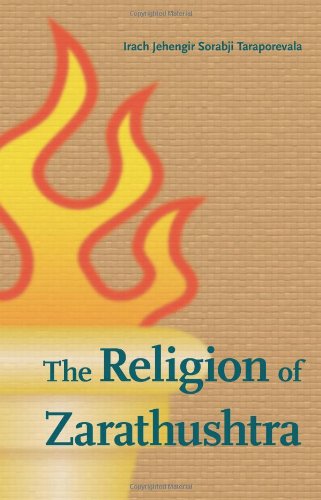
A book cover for The Religion of Zarathushtra; Irach J. S. Taraporewala; Religion & Spirituality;